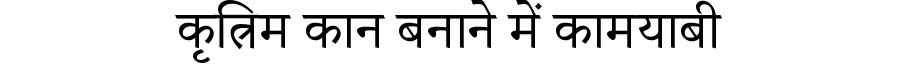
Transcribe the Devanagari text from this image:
कृत्रिम कान बनाने में कामयाबी